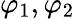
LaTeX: \varphi_{1},\varphi_{2}